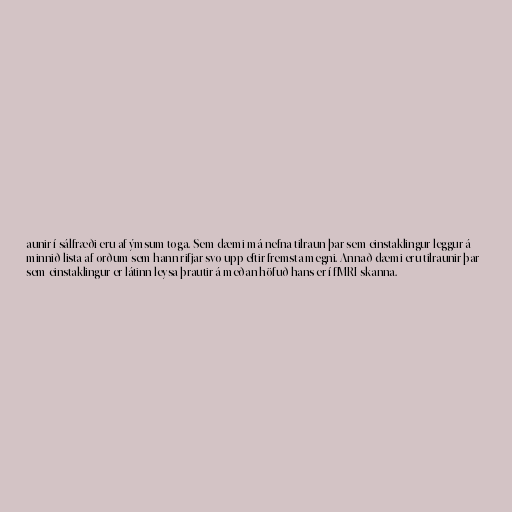
aunir í sálfræði eru af ýmsum toga. Sem dæmi má nefna tilraun þar sem einstaklingur leggur á
minnið lista af orðum sem hann rifjar svo upp eftir fremsta megni. Annað dæmi eru tilraunir þar
sem einstaklingur er látinn leysa þrautir á meðan höfuð hans er í fMRI-skanna.